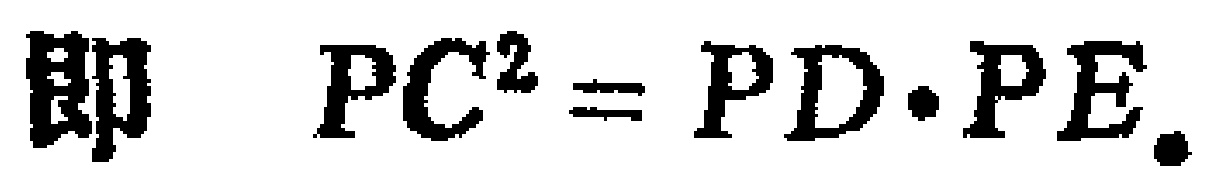
即 \(PC^{2} = PD\cdot PE\).